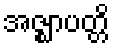
အဇ္ဈာပတ္တိ